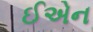
ઈએન